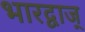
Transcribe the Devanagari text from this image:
भारद्वाज्